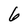
Character: 6